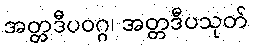
အတ္တဒီပဝဂ္ဂ၊ အတ္တဒီပသုတ်